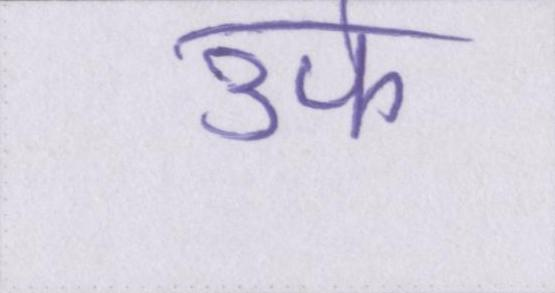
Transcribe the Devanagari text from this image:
उर्फ